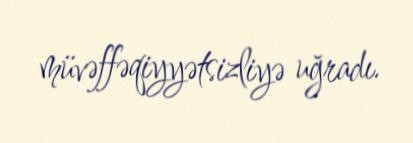
müvəffəqiyyətsizliyə uğradı.